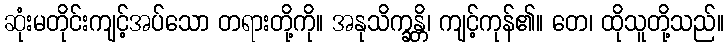
ဆုံးမတိုင်းကျင့်အပ်သော တရားတို့ကို။ အနုသိက္ခန္တိ၊ ကျင့်ကုန်၏။ တေ၊ ထိုသူတို့သည်။